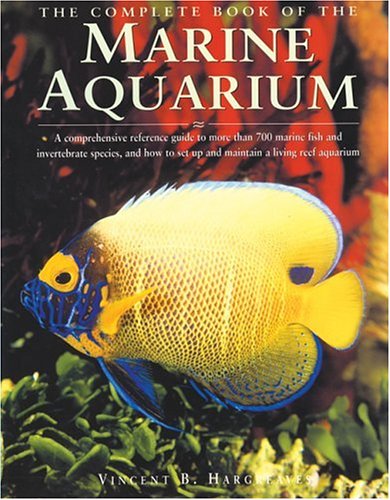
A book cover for The Complete Book of the Marine Aquarium; Vincent Hargreaves; Crafts, Hobbies & Home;